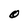
Character: O